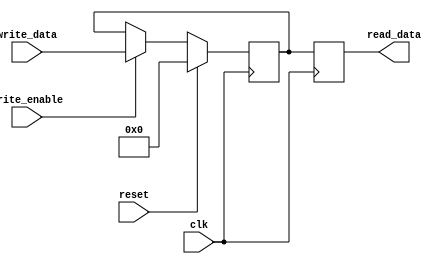
module Last_instr #(parameter Width=49)(read_data, write_data,clk,write_enable,reset);

input clk,write_enable,reset;
input [Width-1:0] write_data;//as each reg is 16 bits 
output reg [Width-1:0]read_data;//as each reg is 16 bits

reg [Width-1:0]reg_internal;

always @(posedge clk) begin
			read_data=reg_internal;	
end


always @(negedge clk) begin
		if(reset)
		begin
			reg_internal = 'b0;
		end	
		else if(write_enable)
		begin
			reg_internal = write_data;
		end		
						
end

endmodule